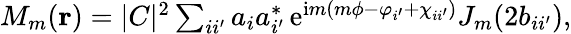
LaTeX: \begin{array}{r}{M_{m}({\mathbf r})=|C|^{2}\sum_{ii^{\prime}}a_{i}a_{i^{\prime}}^{*}\, \mathrm{e}^{\mathrm{i}m(m\phi-\varphi_{i^{\prime}}+\chi_{ii^{\prime}})}J_{m}(2b_{ii^{\prime}}),}\end{array}